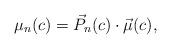
LaTeX: \begin{gather*}\mu_{n}(c) =\vec{P}_{n}(c) \cdot\vec{\mu}(c) ,\end{gather*}